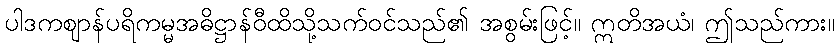
ပါဒကဈာန်ပရိကမ္မအဓိဋ္ဌာန်ဝီထိသို့သက်ဝင်သည်၏ အစွမ်းဖြင့်။ ဣတိအယံ၊ ဤသည်ကား။